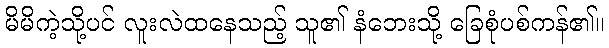
မိမိကဲ့သို့ပင် လူးလဲထနေသည့် သူ၏ နံဘေးသို့ ခြေစုံပစ်ကန်၏။